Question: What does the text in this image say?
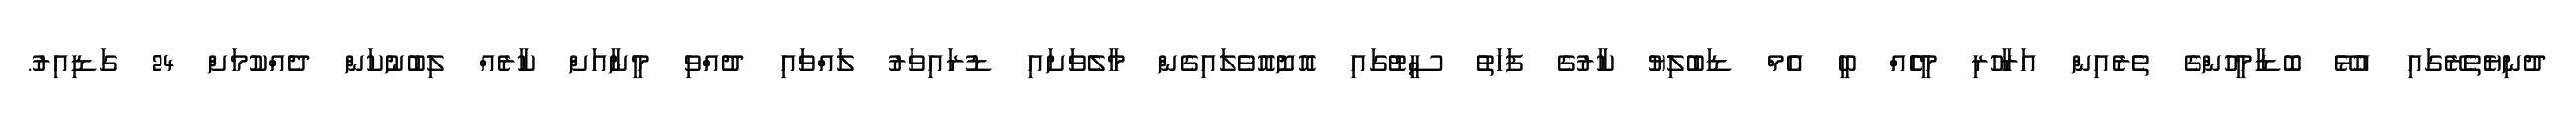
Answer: ދުނިޔެތެރޭގައި އުޅޭ ބޮޑާމީހުންގެ ތެރެއިން އަރާހުރި މީހެެއް ބީ އެމް ޑަބުލިޔު ކާރުގެ ފަހަތު ސީޓުގައި އޮށޮއޮވެލައިގެން މާލެވަށައި ޑުރައިވަރު ލައްވައި ދުއްވި މީނާއަށް ކާރެއް ލިބުނުކަން ދެއްކުމަށް 24 ގަޑިއިރު.